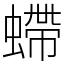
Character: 螮